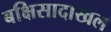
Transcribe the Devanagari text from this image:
बक्षिसादाखल